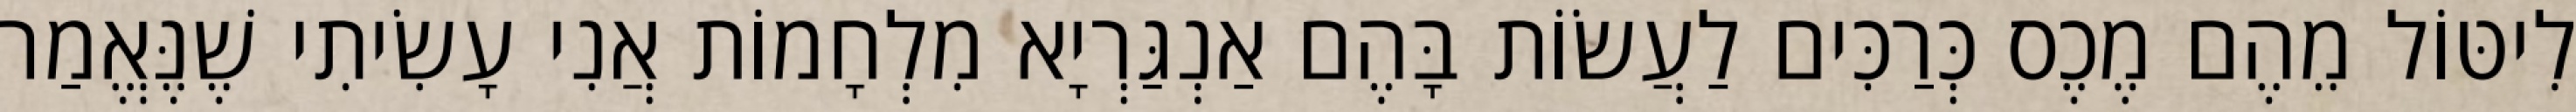
לִיטּוֹל מֵהֶם מֶכֶס כְּרַכִּים לַעֲשׂוֹת בָּהֶם אַנְגַּרְיָא מִלְחָמוֹת אֲנִי עָשִׂיתִי שֶׁנֶּאֱמַר